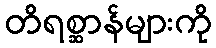
တိရစ္ဆာန်များကို